Scottish Leaving Certificate Examination, 1954
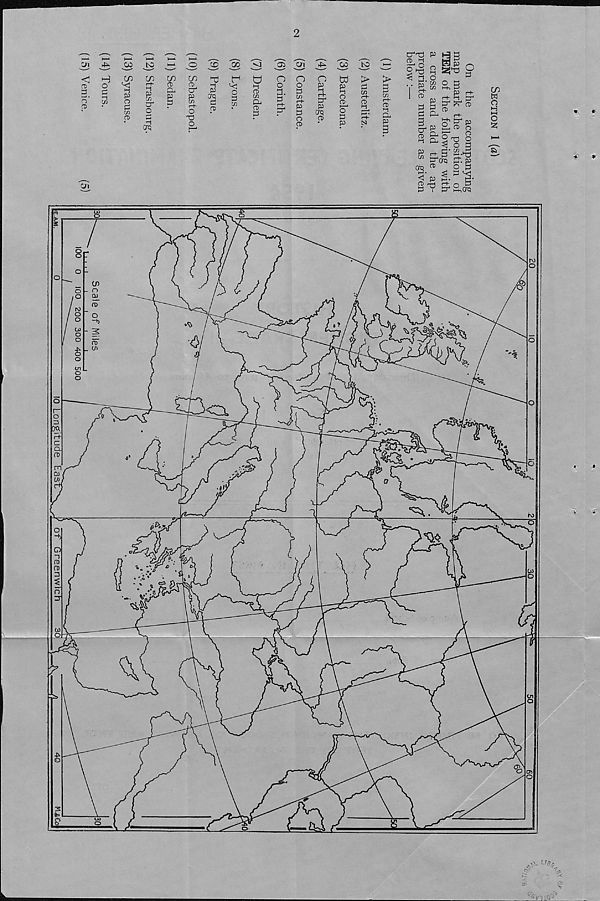
idJ
<1
a>
3_
n’
a>
w bo
CD 00
<X> C/i
OD bO
H
o
c
'-i
C/l
cn
'C
p
o
d
Cfi
CD
CD t-fr-
H
P
C/)
a 4
o
d
r i
crq
CD
CD
a.
p
d
CD
CD
a 4
p Cfl (“t-
O
T3
O
h d
p
Crq
d
CD
r
o
d
xn
i-j CD C/3
a
CD
d
o
o p
d‘ r+
d 4
O
o
d C/3 C"t“
JD
d
CD
CD
o
p
3.
d 4
p
Crq
CD
w
p l-t o
CD
O
d
P
>
d
w r~f-
a>
>
3
C/3 r-t-
cd
•-i
CL
P
3
C/l
_.
J 3
o ^ q
o
^ 5-S o d S
I Si
M-d P
I
?
d d ^ ^ ^
d a
r+
3
o" ^ f 13
a p
cd o
P
d" ££ i-3
Zn Zt 2 d‘d3
tdorq ft. P
^ 03
S,3
d'
^ d ^
^ P d.'
'
CD -r-j r+- j—j d
d Y d 4 S,orq
CD
W
O
H KH
o
O —
O .
~b
0
o.
m
CL
3
&
7